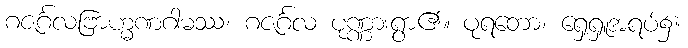
ဂဇင်္ဂလဗြာဟ္မဏဂါမဿ၊ ဂဇင်္ဂလ ပုဏ္ဏားရွာ၏။ ပုရတော၊ ရှေ့ရှူအရပ်၌။